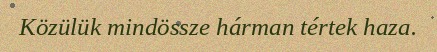
Közülük mindössze hárman tértek haza.